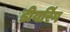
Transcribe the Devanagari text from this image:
डीयरिंग